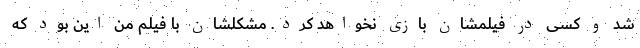
شد و کسی در فیلمشان بازی نخواهد کرد. مشکلشان با فیلم من این بود که